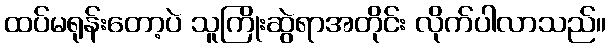
ထပ်မရုန်းတော့ပဲ သူကြိုးဆွဲရာအတိုင်း လိုက်ပါလာသည်။